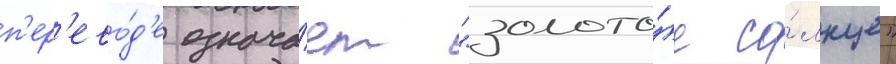
п'ер'ево́д'е означа́ет "золото́е со́лнце"